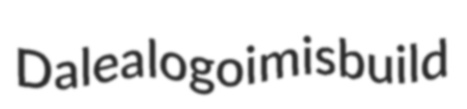
Dalea logoi misbuild